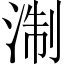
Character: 淛